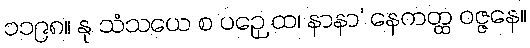
၁၁၉၈။ နု သံသယေ စ ပဉှေ ထ၊ နာနာ’ နေကတ္ထ ဝဇ္ဇနေ။